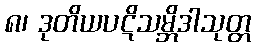
၈၊ ဒုတိယပဋိသမ္ဘိဒါသုတ္တ